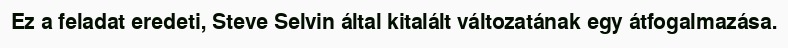
Ez a feladat eredeti, Steve Selvin által kitalált változatának egy átfogalmazása.